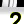
Digit: 2